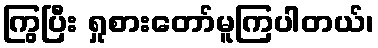
ကြွပြီး ရှုစားတော်မူကြပါတယ်၊